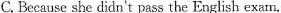
C.Because she didn't pass the English exam.